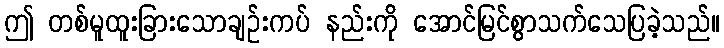
ဤ တစ်မူထူးခြားသောချဉ်းကပ် နည်းကို အောင်မြင်စွာသက်သေပြခဲ့သည်။